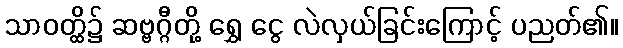
သာဝတ္ထိ၌ ဆဗ္ဗဂ္ဂီတို့ ရွှေ ငွေ လဲလှယ်ခြင်းကြောင့် ပညတ်၏။